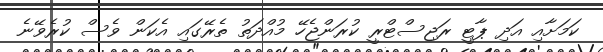
ކަމަށާއި އަދި ޕާޓީ ރަޖިސްޓްރީ ކުރަންޖެހޭ މުއްދަތު ތެރޭގައި އެކަން ވެސް ކުރެވޭނެ